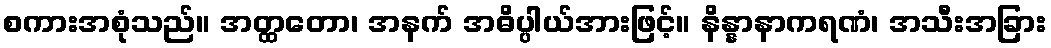
စကားအစုံသည်။ အတ္ထတော၊ အနက် အဓိပ္ပါယ်အားဖြင့်။ နိန္နာနာကရဏံ၊ အသီးအခြား